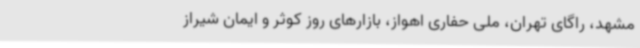
مشهد، راگای تهران، ملی حفاری اهواز، بازارهای روز کوثر و ایمان شیراز